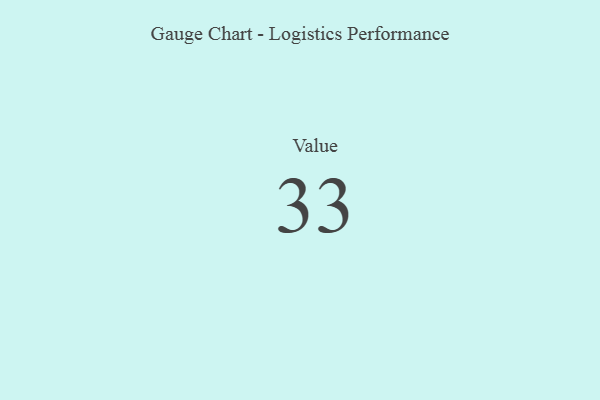
{"axis": {"x": "Metric", "y": "Value"}, "legend": [""], "data": [{"x": "Value", "y": 33, "type": ""}]}